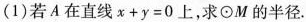
(1)若A在直线 $$x + y = 0$$上，求 \odot M 的半径.